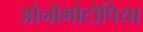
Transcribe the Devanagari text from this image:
ओनोमोटोपिया